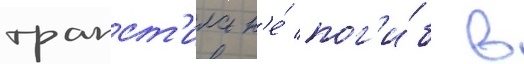
трапст'ила н'е́ пог'и́б в